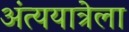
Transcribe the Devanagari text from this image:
अंत्ययात्रेला